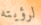
لرؤيته